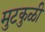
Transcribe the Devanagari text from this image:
मुटकुळी